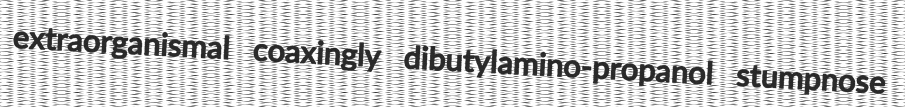
extraorganismal coaxingly dibutylamino-propanol stumpnose